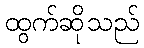
ထွက်ဆိုသည်